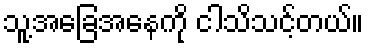
သူ့အခြေအနေကို ငါသိသင့်တယ်။